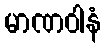
မာဏဝါနံ